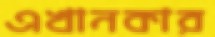
এখানকার